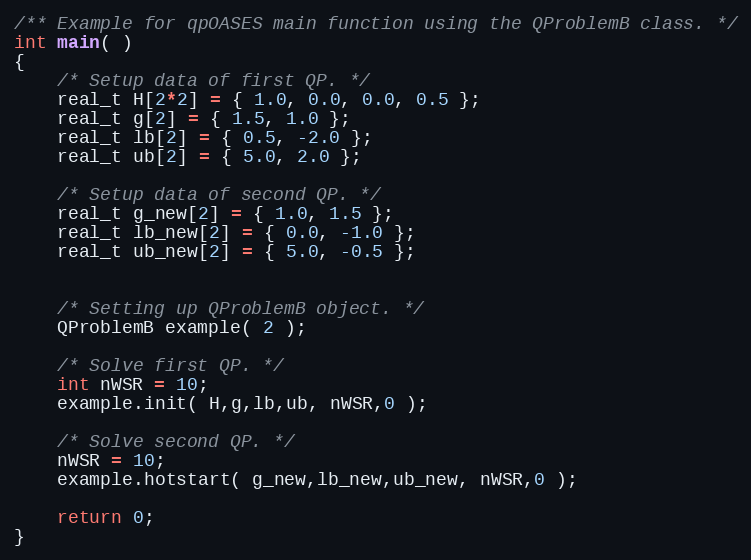
Language: C++
/** Example for qpOASES main function using the QProblemB class. */
int main( )
{
	/* Setup data of first QP. */
	real_t H[2*2] = { 1.0, 0.0, 0.0, 0.5 };
	real_t g[2] = { 1.5, 1.0 };
	real_t lb[2] = { 0.5, -2.0 };
	real_t ub[2] = { 5.0, 2.0 };

	/* Setup data of second QP. */
	real_t g_new[2] = { 1.0, 1.5 };
	real_t lb_new[2] = { 0.0, -1.0 };
	real_t ub_new[2] = { 5.0, -0.5 };

	/* Setting up QProblemB object. */
	QProblemB example( 2 );

	/* Solve first QP. */
	int nWSR = 10;
	example.init( H,g,lb,ub, nWSR,0 );

	/* Solve second QP. */
	nWSR = 10;
	example.hotstart( g_new,lb_new,ub_new, nWSR,0 );

	return 0;
}